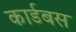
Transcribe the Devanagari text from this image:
कार्डबस